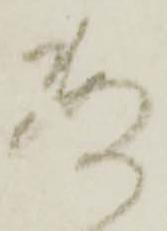
数